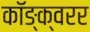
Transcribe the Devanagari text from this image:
कॉङ्क्वरर